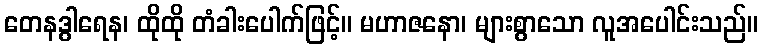
တေနဒွါရေန၊ ထိုထို တံခါးပေါက်ဖြင့်။ မဟာဇနော၊ များစွာသော လူအပေါင်းသည်။